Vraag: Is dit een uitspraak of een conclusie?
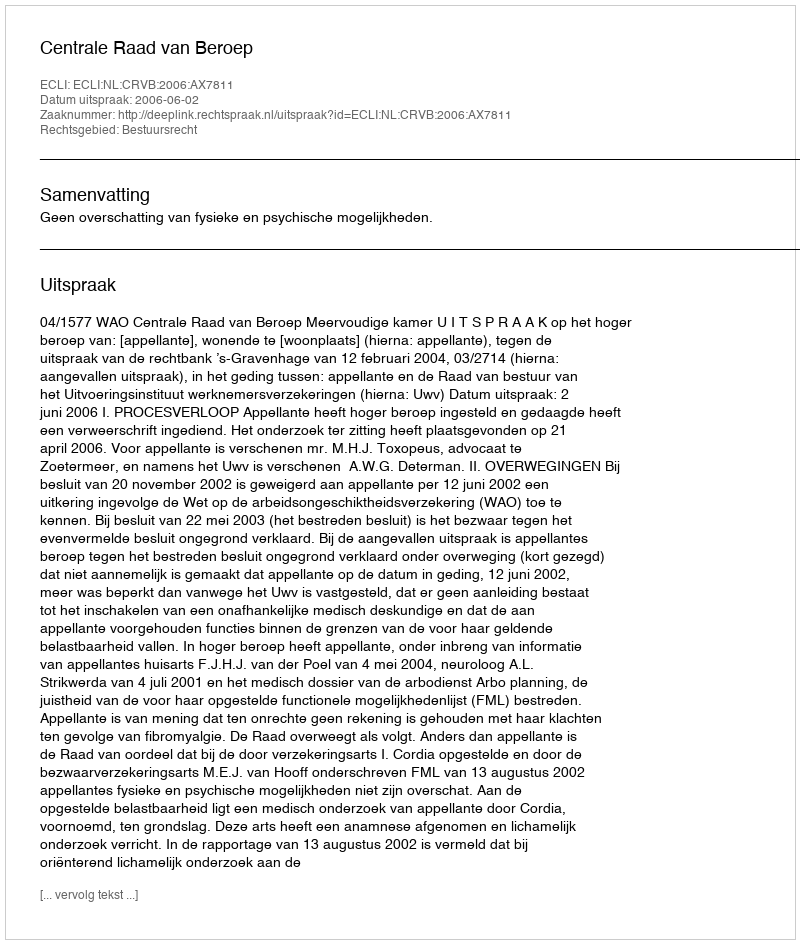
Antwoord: Uitspraak